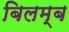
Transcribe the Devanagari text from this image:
बिलम्‍ब